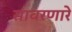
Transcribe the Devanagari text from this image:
सावरणारे